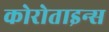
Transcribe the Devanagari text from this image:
कोरोताइन्स